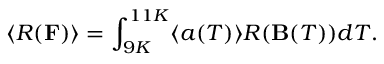
\langle R ( { \bf F } ) \rangle = \int _ { 9 K } ^ { 1 1 K } \langle a ( T ) \rangle R ( { \bf B } ( T ) ) d T .